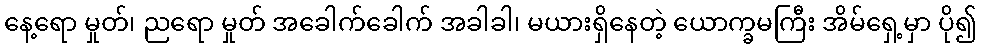
နေ့ရော မှုတ်၊ ညရော မှုတ် အခေါက်ခေါက် အခါခါ၊ မယားရှိနေတဲ့ ယောက္ခမကြီး အိမ်ရှေ့မှာ ပို၍